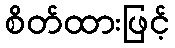
စိတ်ထားဖြင့်